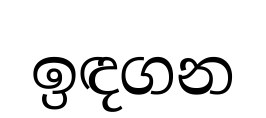
ඉඳගන